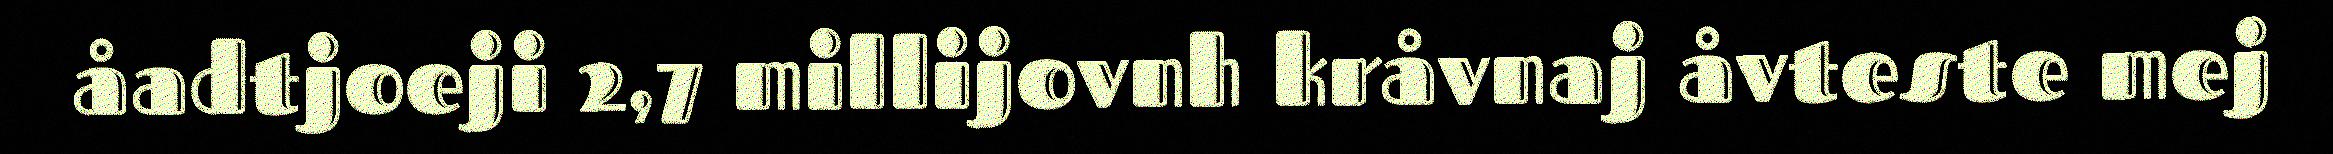
åadtjoeji 2,7 millijovnh kråvnaj åvteste mej